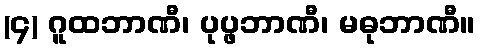
(၄) ဂူထဘာဏီ၊ ပုပ္ဖဘာဏီ၊ မဓုဘာဏီ။